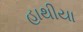
હાથીયા